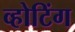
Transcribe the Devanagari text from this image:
व्होटिंग